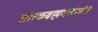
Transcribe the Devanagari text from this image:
तारकब्रह्ममहामंत्र